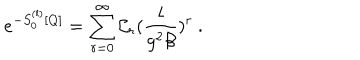
LaTeX: e ^ { - S _ { 0 } ^ { ( l ) } [ Q ] } = \sum _ { r = 0 } ^ { \infty } { \cal C } _ { r } ( \frac { l } { g ^ { 2 } \beta } ) ^ { r } \ .